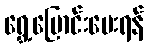
ရွှေ့ပြောင်းပေးရန်